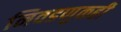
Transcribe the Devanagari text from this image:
निवडणुकही